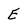
Character: E